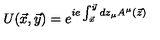
U ( \vec { x } , \vec { y } ) = e ^ { i e \int _ { \vec { x } } ^ { \vec { y } } d z _ { \mu } A ^ { \mu } ( \vec { z } ) }